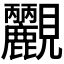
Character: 𧢮